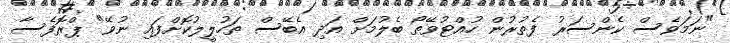
"ނަމަވެސް ކެންސަރު ފެތުރުން ހުއްޓުވޭތޯ ބެލުމަށް އަދި އެބޭސް ތަހުލީލުކޮށްފައި ނުވޭ" ޕްރޮފެސާ